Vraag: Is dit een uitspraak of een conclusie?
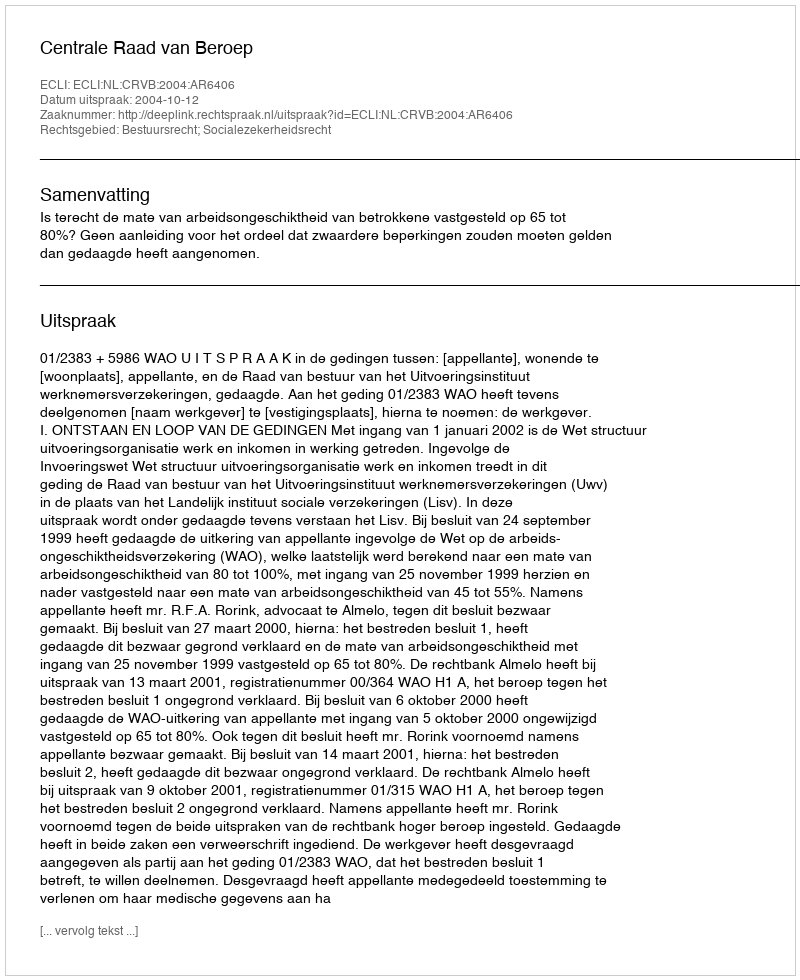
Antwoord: Uitspraak